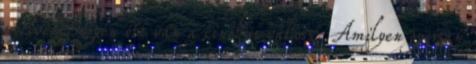
nyelvem hegyén ott van a cinikus válasz. Amilyen gyorsan